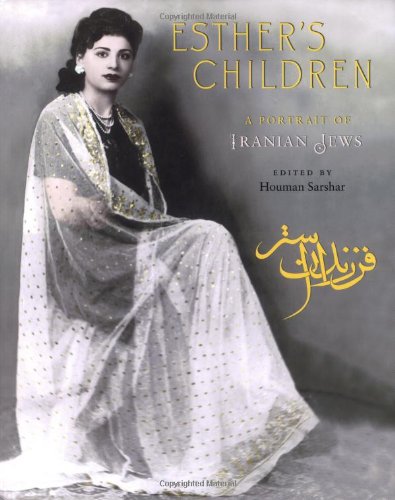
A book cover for Esther's Children; Religion & Spirituality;